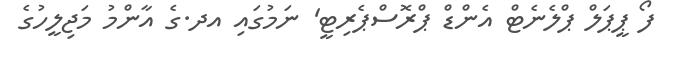
ފޯ ޕީޕަލް ޕްލެނެޓް އެންޑް ޕްރޮސްޕެރިޓީ' ނަމުގައި އދ.ގެ އާންމު މަޖިލީހުގެ